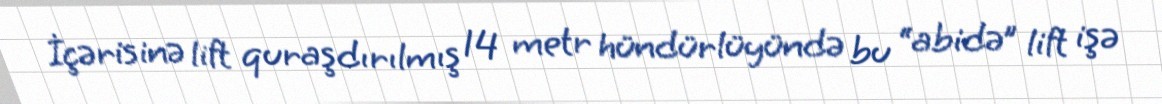
İçərisinə lift quraşdırılmış 14 metr hündürlüyündə bu “abidə” lift işə